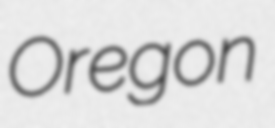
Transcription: Oregon